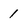
Character: 1